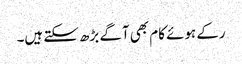
رکے ہوئے کام بھی آگے بڑھ سکتے ہیں۔